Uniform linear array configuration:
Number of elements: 4
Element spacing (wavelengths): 0.5
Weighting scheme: kaiser
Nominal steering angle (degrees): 60
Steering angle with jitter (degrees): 60.578
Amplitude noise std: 0.05
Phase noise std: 0.05

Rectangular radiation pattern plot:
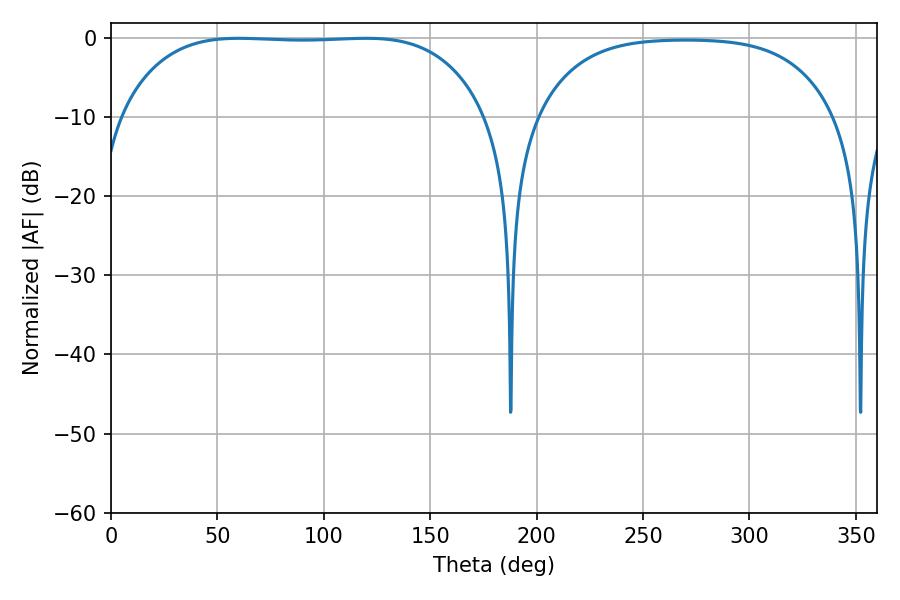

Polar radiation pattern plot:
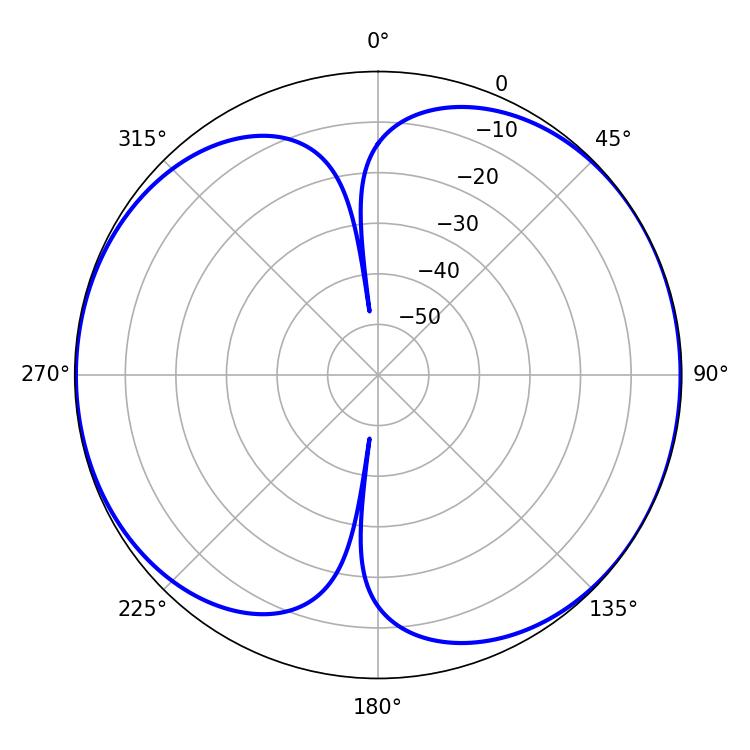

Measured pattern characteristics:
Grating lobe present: FALSE
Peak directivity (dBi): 7.133
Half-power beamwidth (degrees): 133.56
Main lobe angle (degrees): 60.12